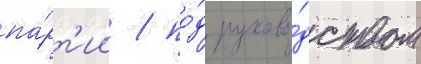
па́рт'ии / по́д руково́дством